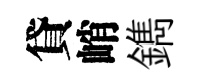
貸峭鐫